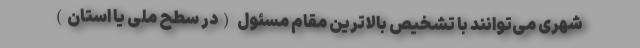
شهری می‌توانند با تشخیص بالاترین مقام مسئول (در سطح ملی یا استان)